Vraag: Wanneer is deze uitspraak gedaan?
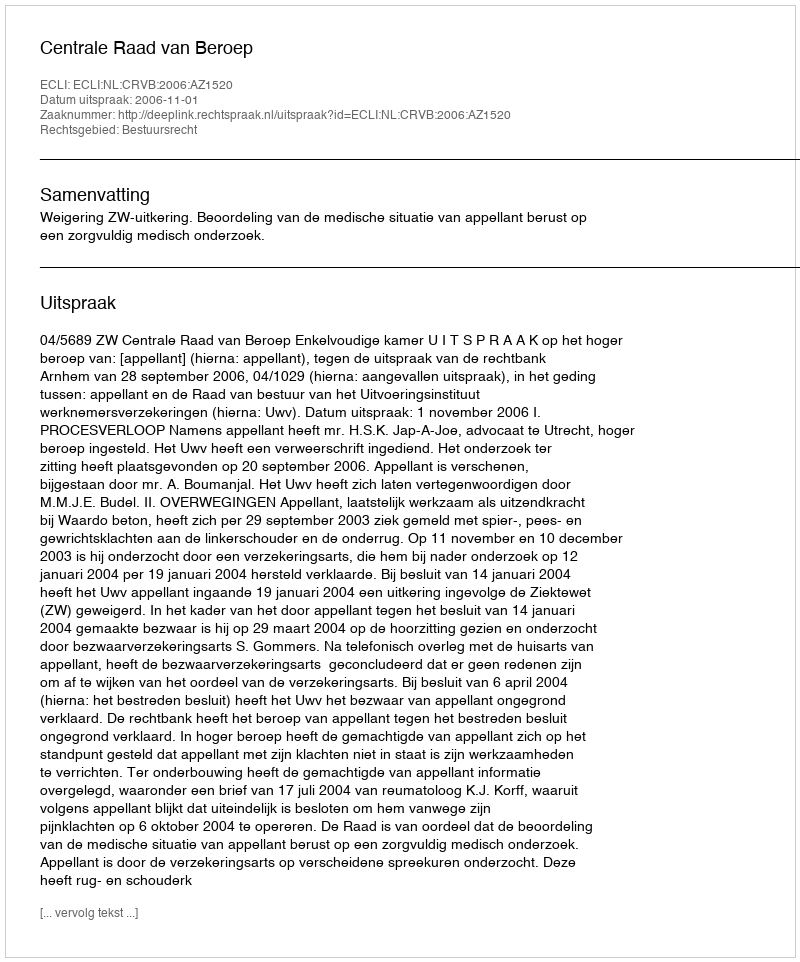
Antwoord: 2006-11-01